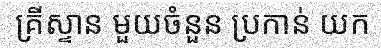
គ្រីស្ទាន មួយចំនួន ប្រកាន់ យក